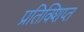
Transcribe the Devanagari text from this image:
प्रतिक्शिप्त